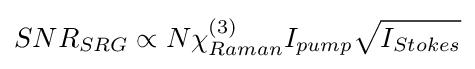
SNR_{SRG}\propto N\chi _{Raman}^{(3)}I_{pump}{\sqrt {I_{Stokes}}}